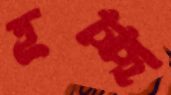
হচ্ছ